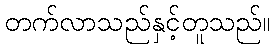
တက်လာသည်နှင့်တူသည်။